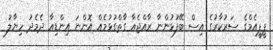
ޕީޕީއެމްގެ ސަރުކާރުގެ އިސް ބޭފުޅުންނާ ރާއްޖެއާ ގާތްގުޅުމެއް އޮންނަ އިންޑިއާ ދެމެދު ހިޔާލު